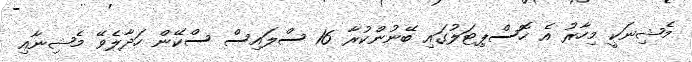
މެޝިނަކީ މިހާރު އެ ހޮސްޕިޓަލުގައި ބޭނުންކުރާ 16 ސްލައިސް ސްކޭން ހަދާލެވޭ މެޝިނާއި